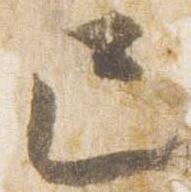
巳